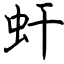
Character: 虷